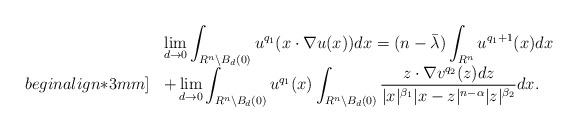
LaTeX: \begin{align*} \begin{array}{ll}&\displaystyle\lim_{d \to 0} \int_{R^n \setminus B_d(0)}u^{q_1}(x\cdot\nabla u(x))dx=(n-\bar{\lambda})\int_{R^n}u^{q_1+1}(x)dx\\begin{align*}3mm]&+\displaystyle\lim_{d \to 0}\int_{R^n\setminus B_d(0)}u^{q_1}(x)\int_{R^n\setminus B_d(0)}\frac{z\cdot\nabla v^{q_2}(z)dz}{|x|^{\beta_1}|x-z|^{n-\alpha}|z|^{\beta_2}}dx.\end{array}\end{align*}